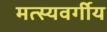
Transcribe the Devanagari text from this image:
मत्स्यवर्गीय